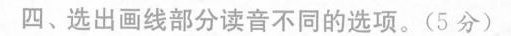
四、选出画线部分读音不同的选项.(5 分)